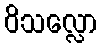
ဝိသလ္လော